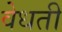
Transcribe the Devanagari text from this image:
वेधती